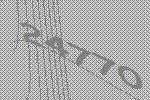
24770